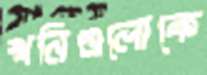
খনিগুলোকে